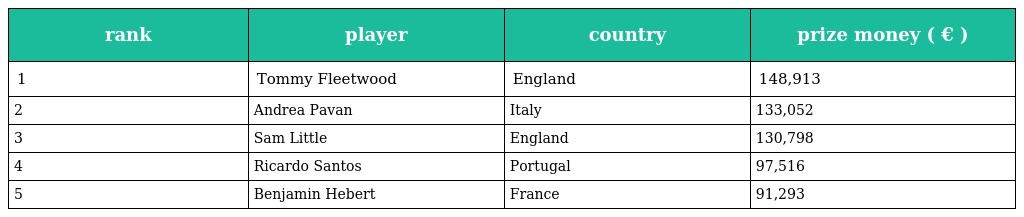
| rank | player | country | prize money ( € ) |
 | --- | --- | --- | --- |
 | 1 | Tommy Fleetwood | England | 148,913 |
 | 2 | Andrea Pavan | Italy | 133,052 |
 | 3 | Sam Little | England | 130,798 |
 | 4 | Ricardo Santos | Portugal | 97,516 |
 | 5 | Benjamin Hebert | France | 91,293 |